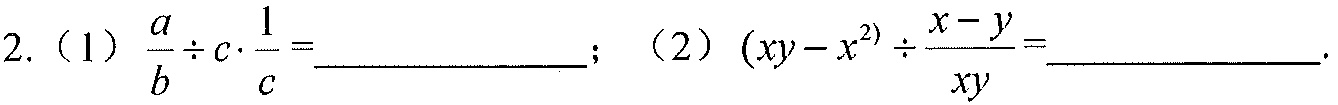
2.（1）\(\frac{a}{b}\div c\cdot\frac{1}{c}=\underline{\qquad\qquad}\)；（2）\((xy - x^{2})\div\frac{x - y}{xy}=\underline{\qquad\qquad}\)